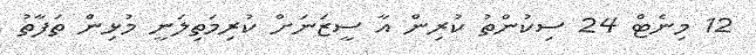
12 މިނެޓް 24 ސިކުންތު ކުރިން އާ ސީޒަނަށް ކުރިމަތިލަނީ މުޅިން ތަފާތު